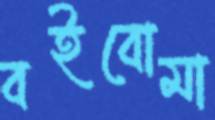
বইবোমা